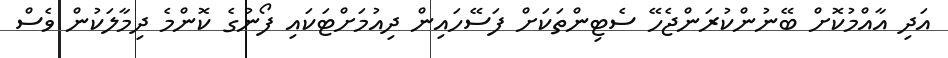
އަދި އާއްމުކޮށް ބޭނުންކުރަންޖެހޭ ސެޓިންތަކަށް ފަސޭހައިން ދިއުމަށްޓަކައި ފޯނުގެ ކޮންމެ ދިމާލަކުން ވެސް